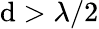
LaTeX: \mathrm{d}>\lambda/2